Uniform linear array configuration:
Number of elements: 16
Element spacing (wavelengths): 0.5
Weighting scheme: kaiser
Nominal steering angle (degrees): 0
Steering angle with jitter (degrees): -0.5935
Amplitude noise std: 0.05
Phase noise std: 0.05

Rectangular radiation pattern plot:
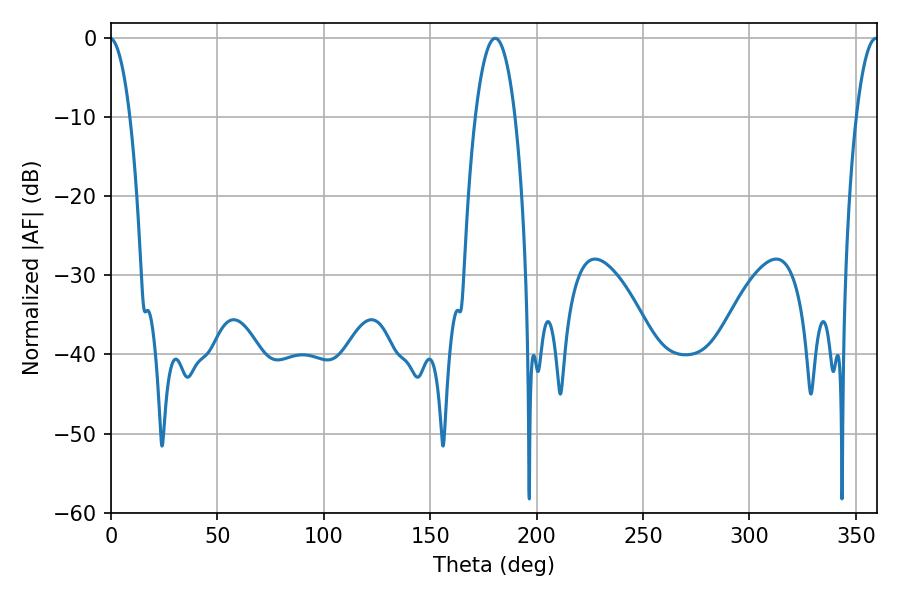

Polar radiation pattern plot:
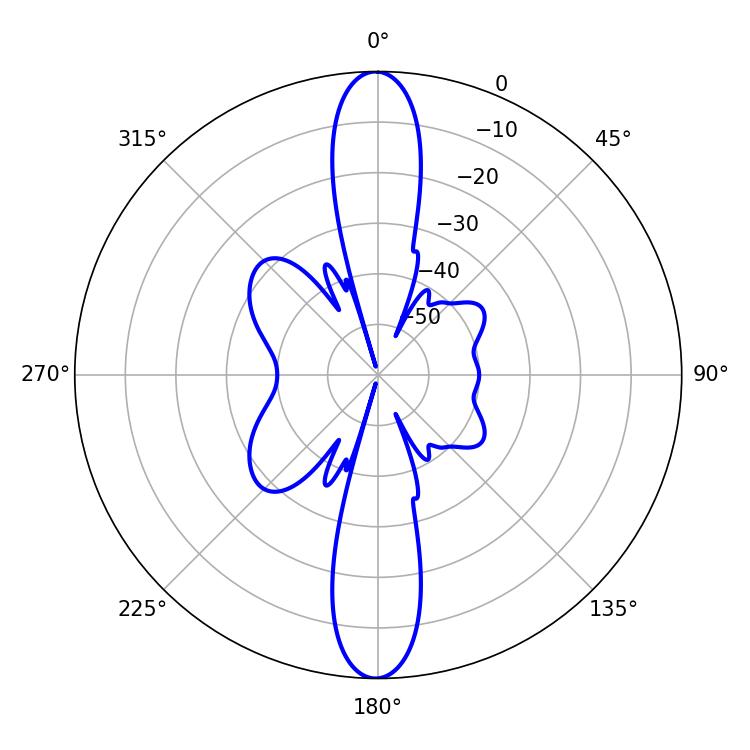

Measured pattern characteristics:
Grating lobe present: FALSE
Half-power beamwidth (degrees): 10.44
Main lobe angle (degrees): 180.54